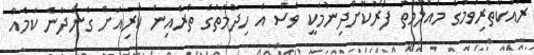
ރައްކާތެރިވުމުގެ މައުލޫމާތު ފޯރުކޮށްދިނުމަކީ ވެސް އެ ހިދުމަތުގެ ތެރެއިން ކުރިއަށް ގެންދާނެ ކަމެއް